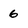
Character: 6